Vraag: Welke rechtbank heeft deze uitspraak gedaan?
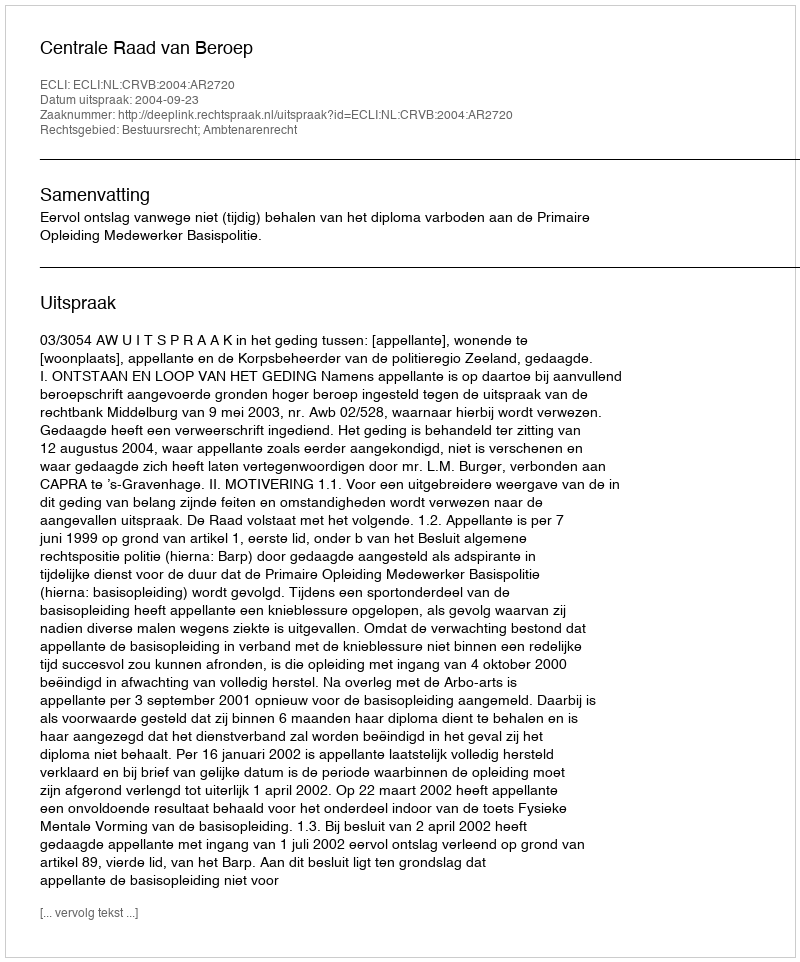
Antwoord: Centrale Raad van Beroep